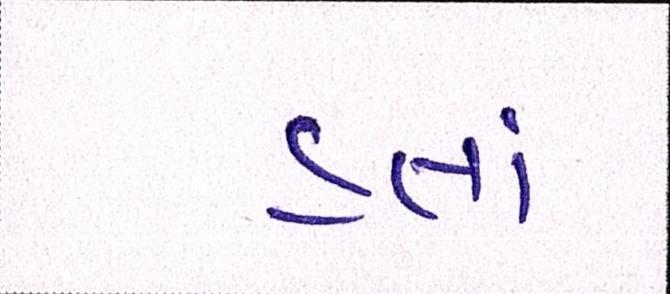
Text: હતાં